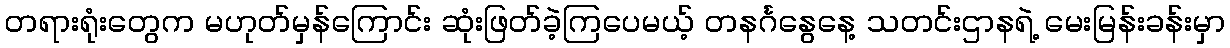
တရားရုံးတွေက မဟုတ်မှန်ကြောင်း ဆုံးဖြတ်ခဲ့ကြပေမယ့် တနင်္ဂနွေနေ့ သတင်းဌာနရဲ့ မေးမြန်းခန်းမှာ